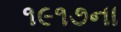
૧૯૧૭ના